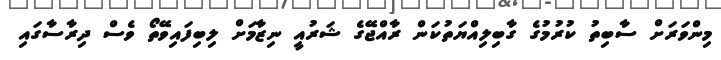
މިންވަރަށް ސާބިތު ކުރުމުގެ ގާބިލިއްޔަތުކަން ރާއްޖޭގެ ޝަރުއީީ ނިޒާމަށް ލިބިފައިވޭތޯ ވެސް ދިރާސާގައި